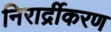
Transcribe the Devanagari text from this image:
निरार्द्रीकरण